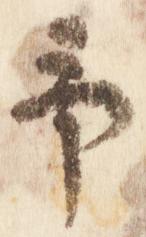
予